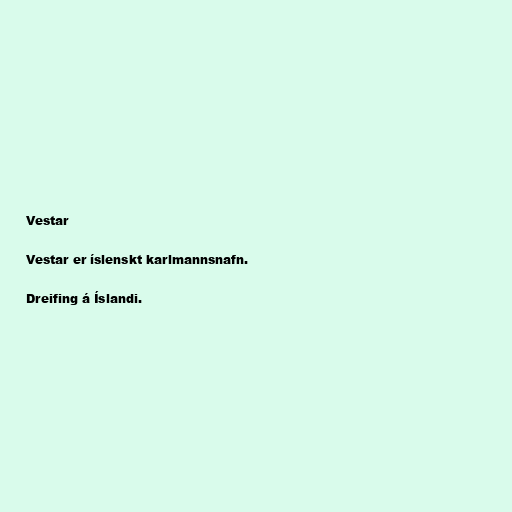
Vestar

Vestar er íslenskt karlmannsnafn.

Dreifing á Íslandi.